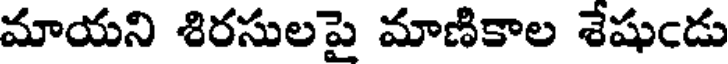
మాయని శిరసులపై మాణికాల శేషుఁడు